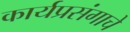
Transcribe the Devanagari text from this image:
कार्यप्रसंगाचे